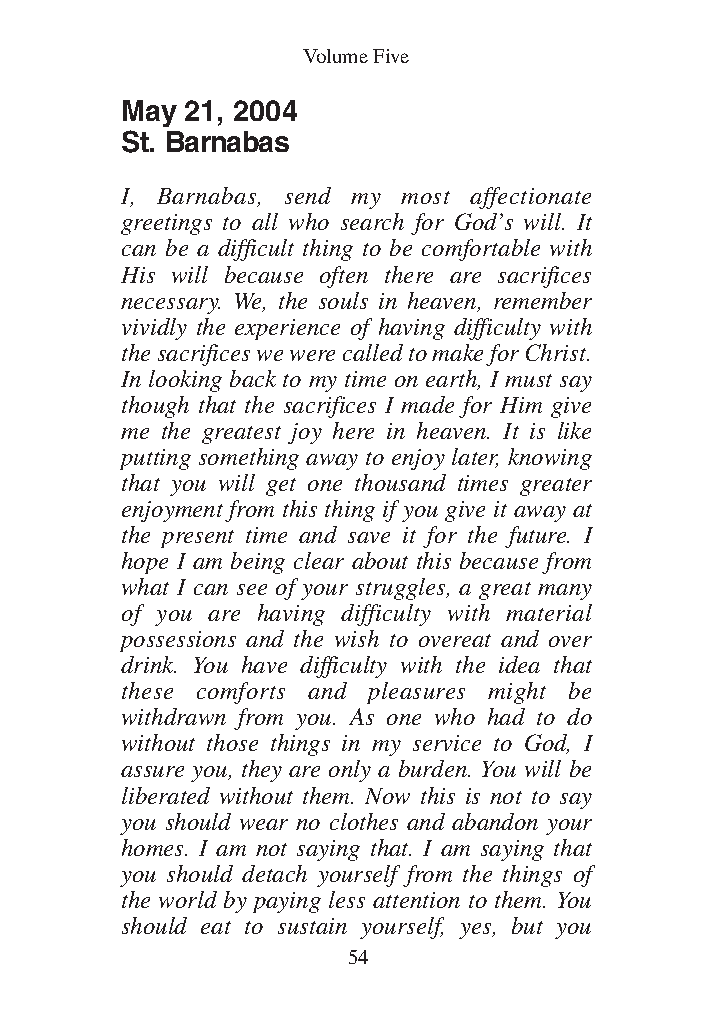
DFOT Vol 5 No App_1 12/3/13 8:54 PM Page 54
 Volume Five
 May 21, 2004
 St. Barnabas
 I, Barnabas, send my most affectionate
 greetings to all who search for God’s will. It
 can be a difficult thing to be comfortable with
 His will because often there are sacrifices
 necessary. We, the souls in heaven, remember
 vividly the experience of having difficulty with
 the sacrifices we were called to make for Christ.
 In looking back to my time on earth, I must say
 though that the sacrifices I made for Him give
 me the greatest joy here in heaven. It is like
 putting something away to enjoy later, knowing
 that you will get one thousand times greater
 enjoyment from this thing if you give it away at
 the present time and save it for the future. I
 hope I am being clear about this because from
 what I can see of your struggles, a great many
 of you are having difficulty with material
 possessions and the wish to overeat and over
 drink. You have difficulty with the idea that
 these comforts and pleasures might be
 withdrawn from you. As one who had to do
 without those things in my service to God, I
 assure you, they are only a burden. You will be
 liberated without them. Now this is not to say
 you should wear no clothes and abandon your
 homes. I am not saying that. I am saying that
 you should detach yourself from the things of
 the world by paying less attention to them. You
 should eat to sustain yourself, yes, but you
 54